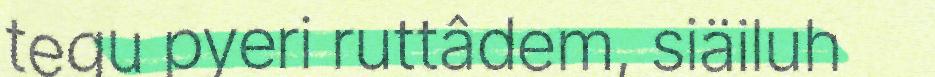
tegu pyeri ruttâdem, siäiluh